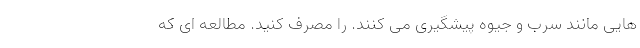
هایی مانند سرب و جیوه پیشگیری می کنند. را مصرف کنید. مطالعه ای که